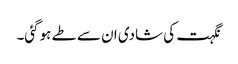
نگہت کی شادی ان سے طے ہوگئی۔